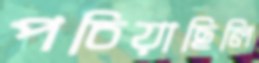
পচিয়াছিলি